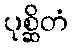
ပုစ္ဆိတံ